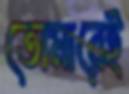
তোমারেই